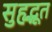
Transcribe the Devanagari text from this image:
सुहृद्भूत